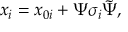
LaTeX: x _ { i } = x _ { 0 i } + \Psi \sigma _ { i } \tilde { \Psi } ,